On the importance of larval characters in the classification of mosquitoes - Number 25
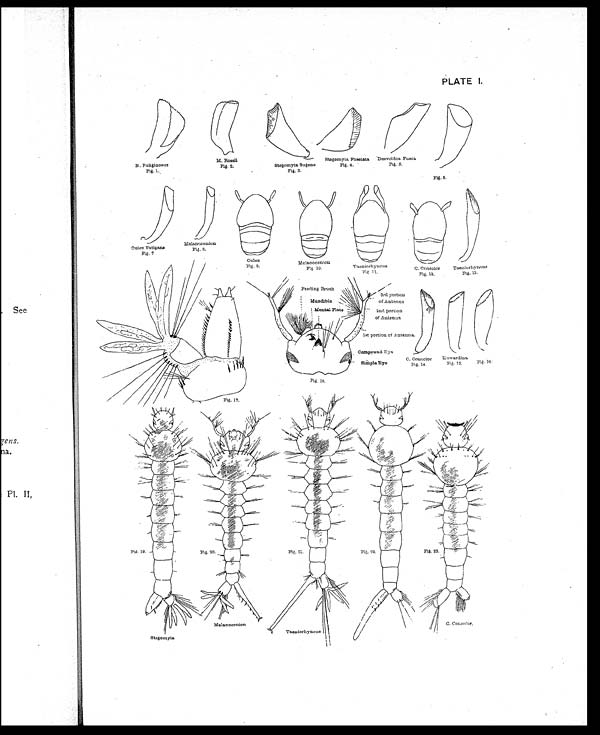
PLATE I.
Fig. 2.
Fig. 5.
Fig. 4.
Fig. 3.
Fig. 1.
Fig. 6.
Fig. 7
Fig. 8.
Fig. 9.
Fig 10.
Fi g. 11.
Fig. 12.
Fig.15.
Fig.16
Fig. 14.
Fig.18.
Fig. 17.
Fig.21.
Fig. 19.
Fig. 22.
Fig. 23.
Fig. 20.